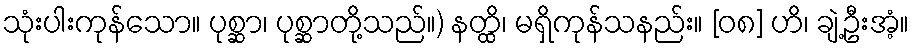
သုံးပါးကုန်သော။ ပုစ္ဆာ၊ ပုစ္ဆာတို့သည်။) နတ္ထိ၊ မရှိကုန်သနည်း။ [၀၈] ဟိ၊ ချဲ့ဦးအံ့။